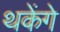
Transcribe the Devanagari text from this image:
थकेंगे